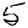
Digit: 5